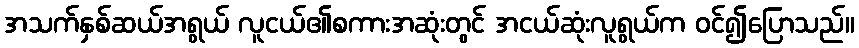
အသက်နှစ်ဆယ်အရွယ် လူငယ်၏စကားအဆုံးတွင် အငယ်ဆုံးလူရွယ်က ဝင်၍ပြောသည်။